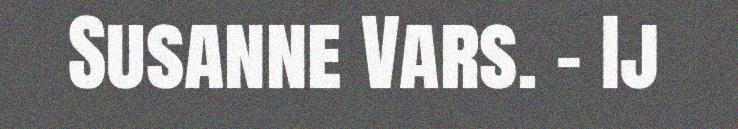
Susanne Vars. - Ij